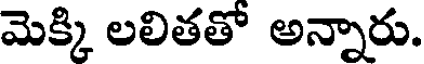
మెక్కి లలితతో అన్నారు.